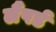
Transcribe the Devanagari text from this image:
लैंपर्ड